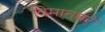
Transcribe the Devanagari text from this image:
विमानघरे